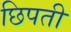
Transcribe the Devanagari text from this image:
छिपती